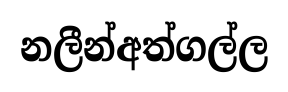
නලීන්අත්ගල්ල